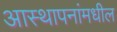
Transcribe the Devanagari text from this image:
आस्थापनांमधील